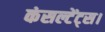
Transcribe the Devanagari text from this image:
कंसल्टेंट्स।